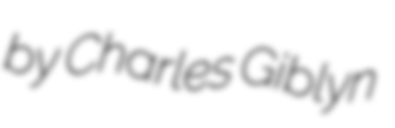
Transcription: by Charles Giblyn